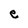
Character: e